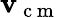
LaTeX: \textbf{v}_{\mathrm{~c~m~}}